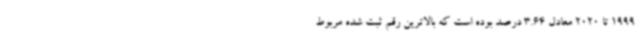
1999 تا 2020 معادل 3.64 درصد بوده است که بالاترین رقم ثبت شده مربوط